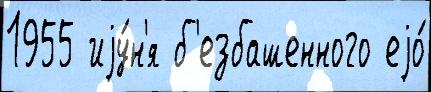
1955 иjу́н'я б'езбашенного еjо́